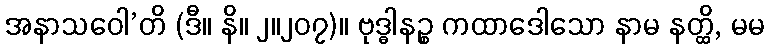
အနာသဝေါ’တိ (ဒီ။ နိ။ ၂။၂၀၇)။ ဗုဒ္ဓါနဉ္စ ကထာဒေါသော နာမ နတ္ထိ, မမ